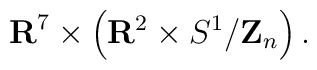
{\bf R}^7\times \left( {\bf R}^2\times S^1/{\bf Z}_n \right).